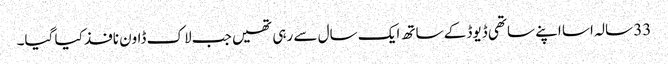
33 سالہ اسا اپنے ساتھی ڈیوڈ کے ساتھ ایک سال سے رہی تھیں جب لاک ڈاون نافذ کیا گیا۔